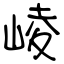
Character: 崚